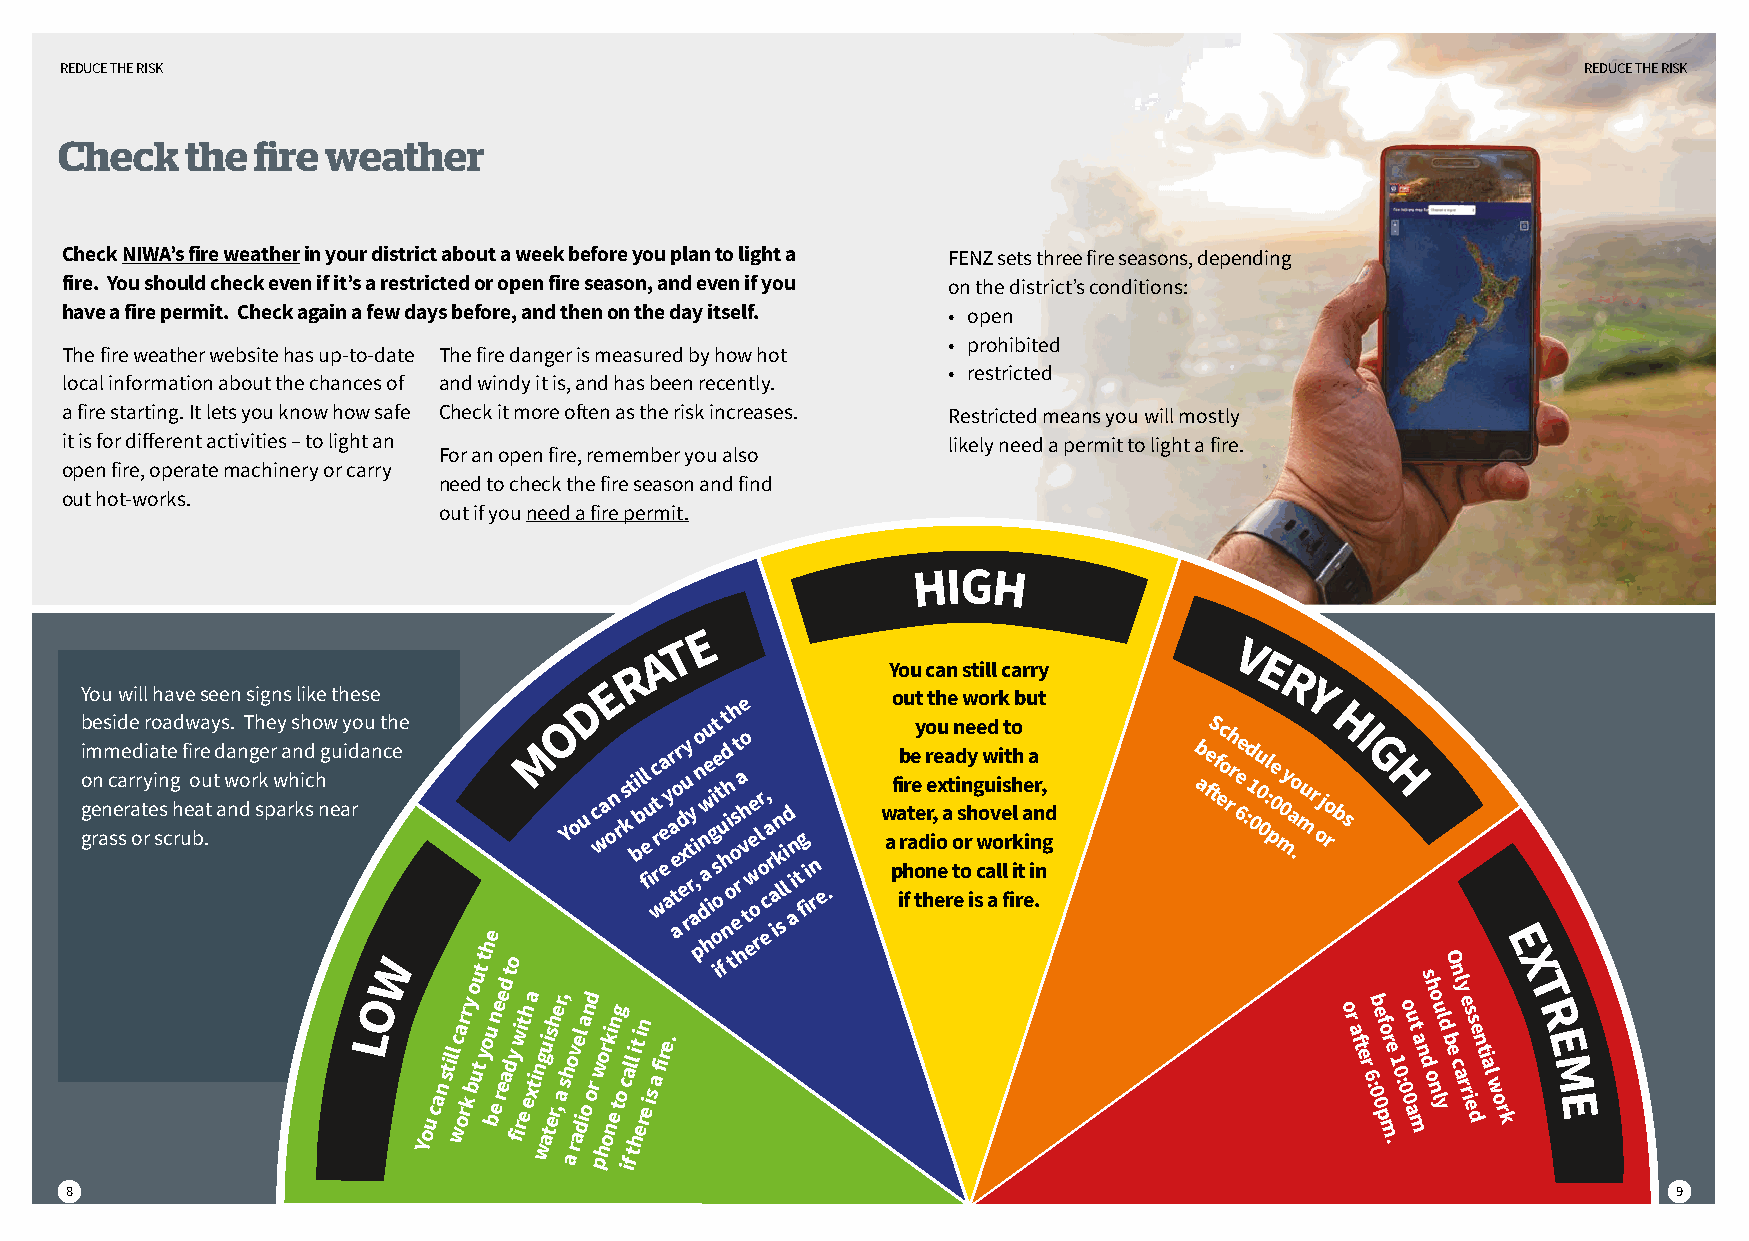
REDUCE THE RISK                                                                                      REDUCE THE RISK
 Check   the  fire weather
 Check NIWA’s fire weatherin your district about a week before you plan to light a FENZ sets three fire seasons, depending
 fire. You should check even if it’s a restricted or open fire season, and even if you on the district’s conditions:
 have a fire permit. Check again a few days before, and then on the day itself. • open
 • prohibited
 The fire weather website has up-to-date The fire danger is measured by how hot
 • restricted
 local information about the chances of and windy it is, and has been recently.
 a fire starting. It lets you know how safe Check it more often as the risk increases. Restricted means you will mostly
 it is for different activities – to light an               likely need a permit to light a fire.
 For an open fire, remember you also
 open fire, operate machinery or carry
 need to check the fire season and find
 out hot-works.
 out if you need a fire permit.
 HIGH
 E
 T
 A                                    V
 R                You can still carry    E
 E                                           R
 You will have seen signs like these D       he        out the work but           Y
 b i o g gm e rne ans m c si ed a se r re a od r t ri yr ea o i sn sta ce g h rd u f ew i o br aa e u .t y td a s wa n. n d oT g rh ske pe r w ay a r hs n kih sd co h ngw e u aiy d ro
 L
 a Ou n t Wch ee
 You can still c wa or rr k y bo uu t t
 yt
 oh
 ue
 b n e e re ed a t
 do
 y fiw ri et h e xa t
 inM
 g wu ai ts erh , e ar ,
 sO
 h
 a
 Y
 o rv
 aeo
 l d ia o
 nu
 od r
 pwc horw oka
 ni e
 no tgn
 o
 r
 ca
 fs
 l
 lk
 t
 i
 t
 ht
 eii rb nl b
 e
 ifl e
 s
 i u
 a
 frc r it rw e.eea y ar a te aor d ex ry u rt y , ai po n dn aw hi eu i gt is oe o t fu
 t
 h nd ih o
 t
 s o et r ha v h to
 e
 e we o rl r o, ec a r ialkn
 s
 li d i
 a
 n t fg i i rn e . w a pf a iib r h fr t ae e o ty e d h ro nre i,e eoxu e aa rt o t en d i s on r e hy i g sw ce ow u a ad v oi l i es flt rt io h lh k i r ta e e i a n in .r n , g d b a fteS f ec o rh r 6ee :d 1 0u 0 0l : pe 0 m 0y ao .mur o j o rH b os
 r
 aI
 ft
 eG
 r 6 : 0b 0e pf o
 mH
 r e
 .
 1 0 : 0o 0u a mt a n ds oh no lu yl d
 bO
 e n c al y r re is es de n t i a l w o
 rE
 k X T R E M E
 i
 8                                                                                                          9